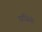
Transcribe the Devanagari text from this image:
दरजिनों